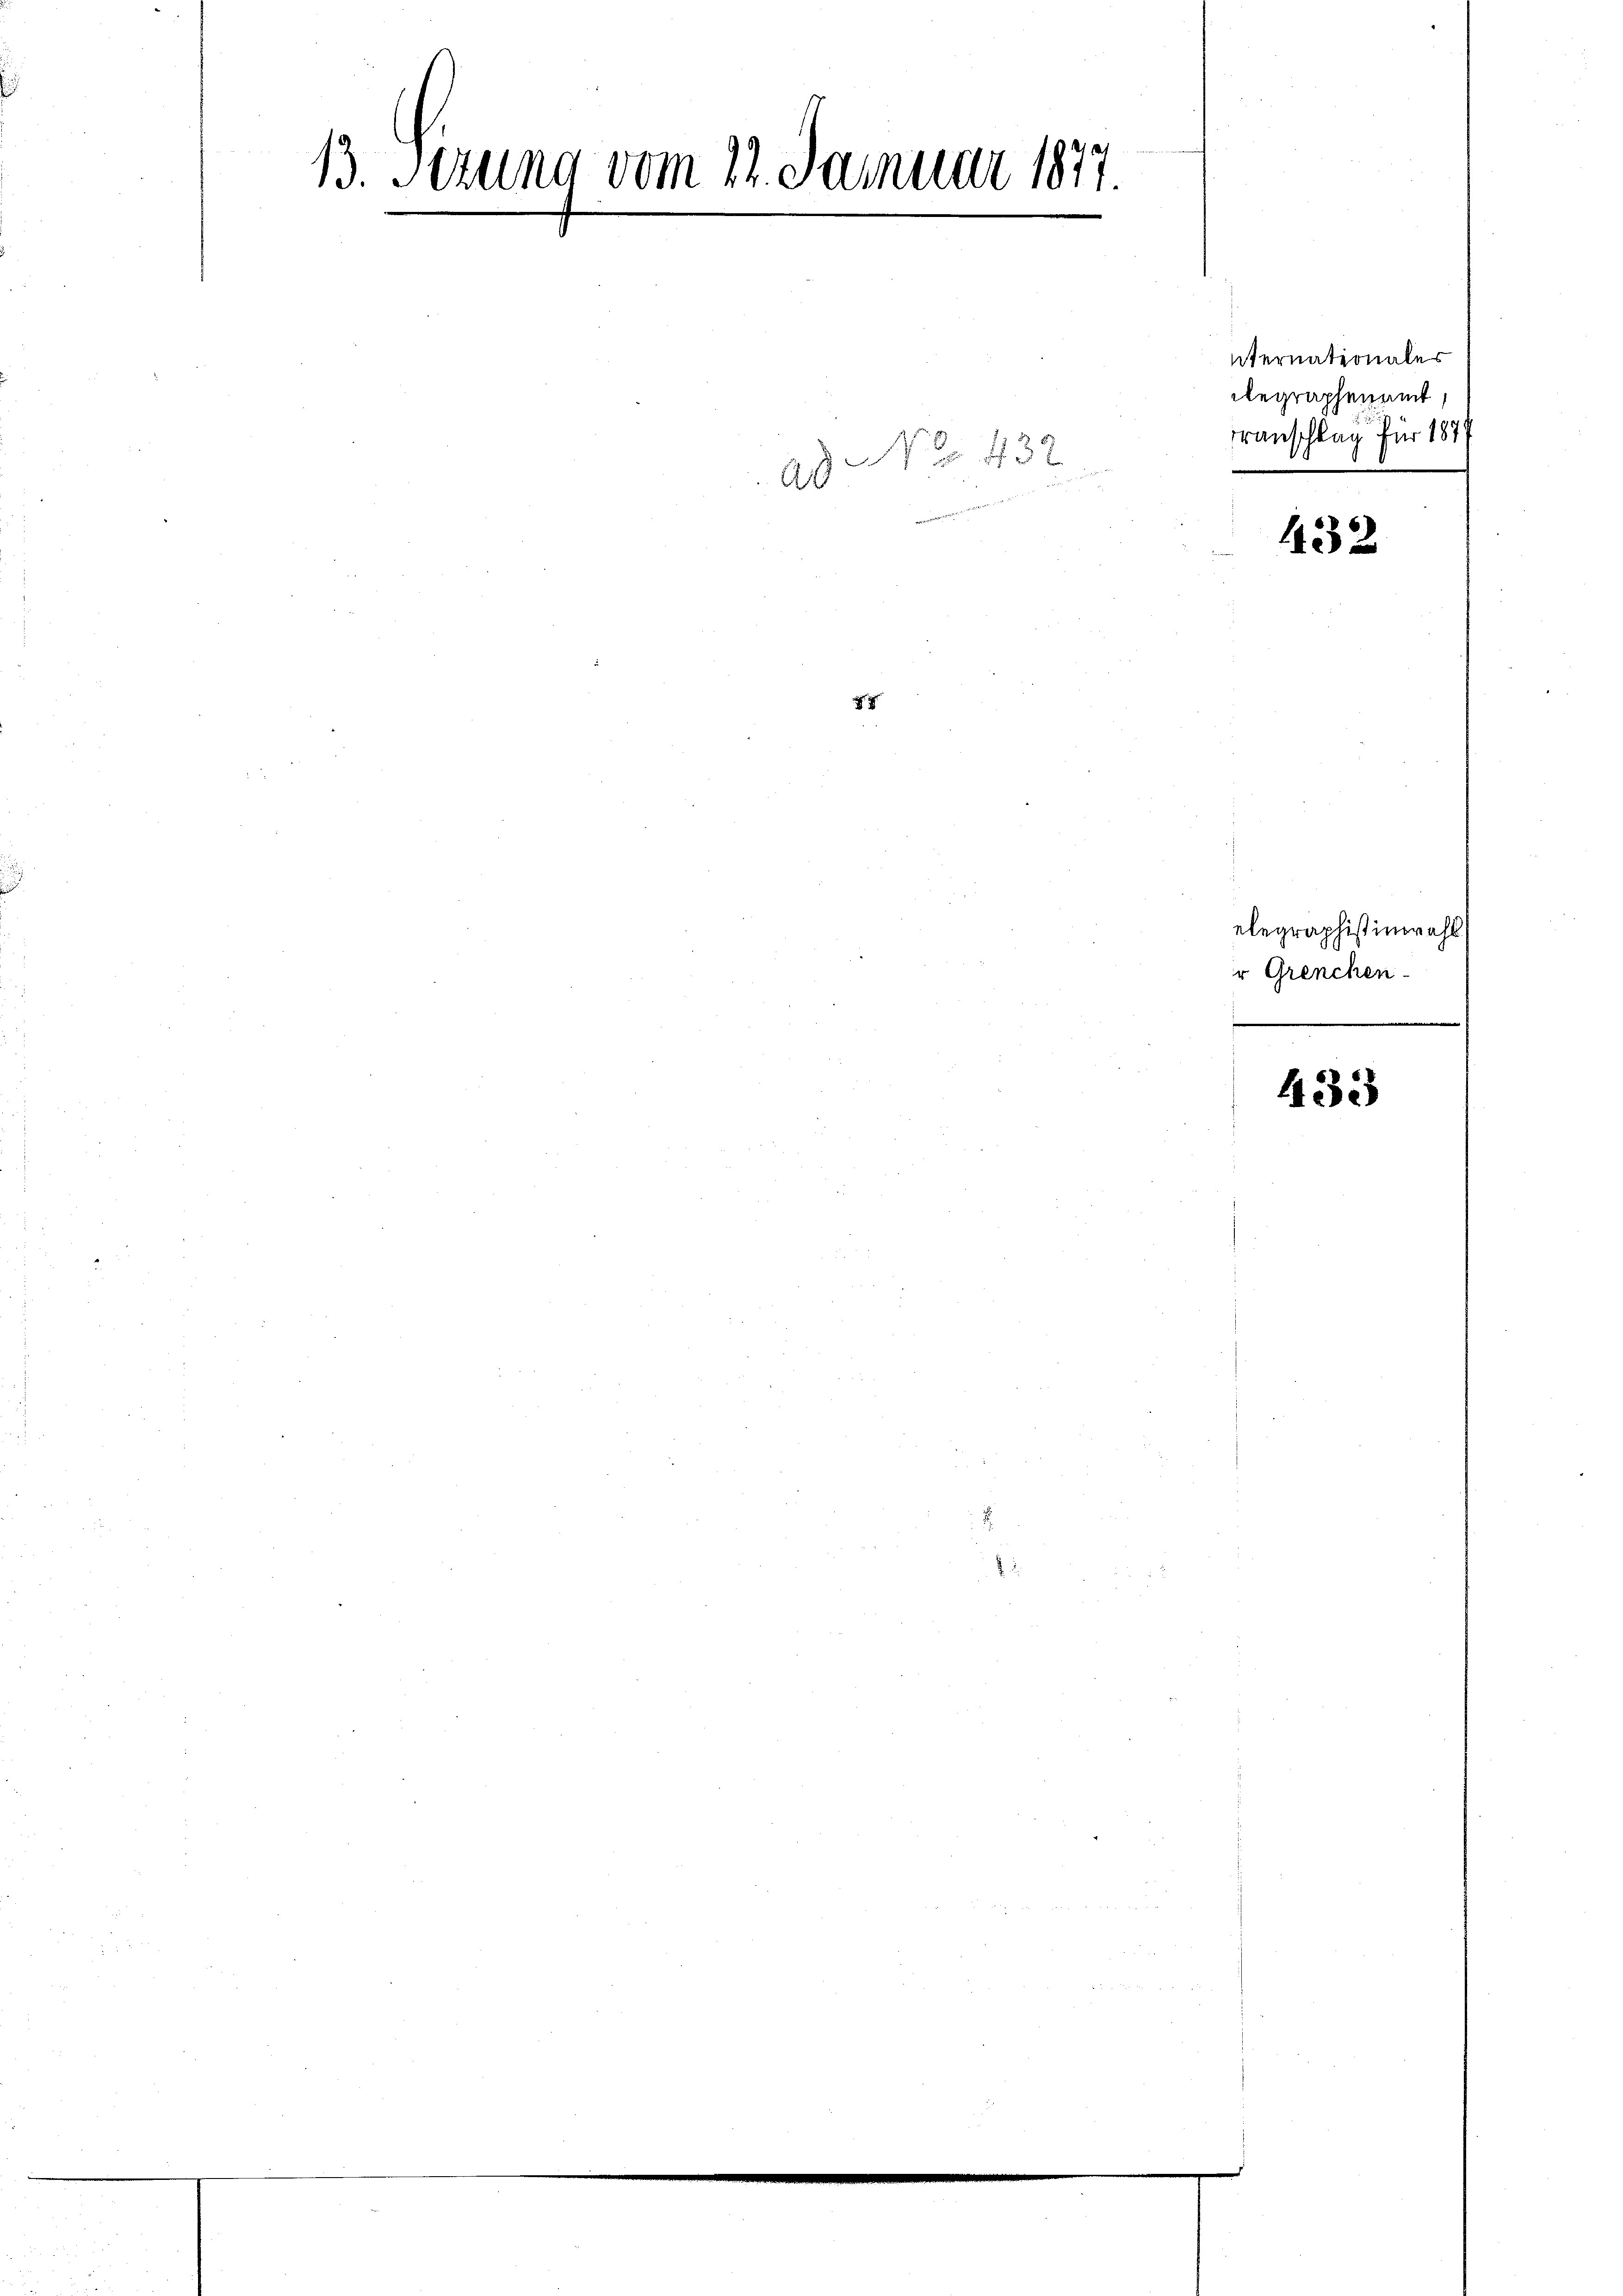
13. Sezung vom 22. Januar 1877.

Nro 432.
ad
2 8

.

432

elegraphistinzahl
r Grenchen-
433

iternationales
Regraphenamt,
Transchlag für 187